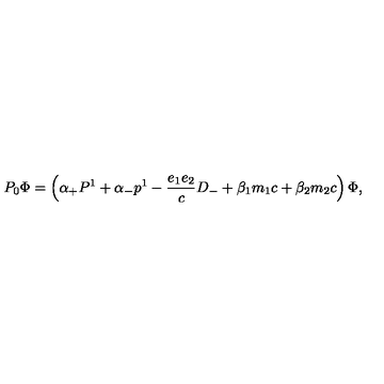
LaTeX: P _ { 0 } { \Phi } = \left( { \alpha } _ { + } P ^ { 1 } + { \alpha } _ { - } p ^ { 1 } - \frac { e _ { 1 } e _ { 2 } } { c } D _ { - } + { \beta } _ { 1 } m _ { 1 } c + { \beta } _ { 2 } m _ { 2 } c \right) { \Phi } ,